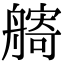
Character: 𦪌